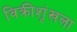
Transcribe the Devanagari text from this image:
विक्रीशृंखला